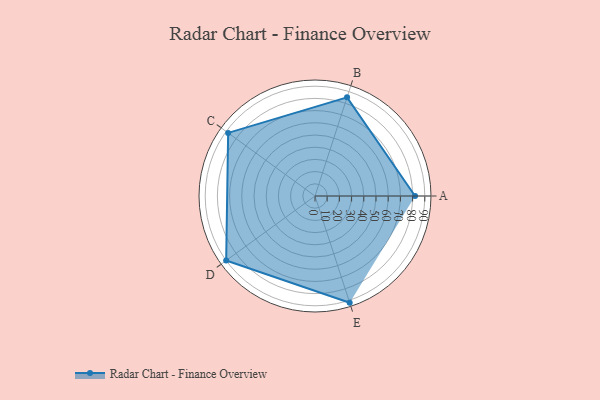
{"axis": {"x": "Skill", "y": "Score"}, "legend": ["Profile"], "data": [{"x": "A", "y": 82.0, "type": "Profile"}, {"x": "B", "y": 85.0, "type": "Profile"}, {"x": "C", "y": 88.0, "type": "Profile"}, {"x": "D", "y": 90.0, "type": "Profile"}, {"x": "E", "y": 92.0, "type": "Profile"}]}